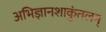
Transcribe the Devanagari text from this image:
अभिज्ञानशाकुंतलम्‌